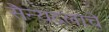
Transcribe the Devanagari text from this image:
सैन्यदलाचे